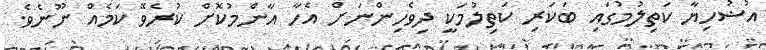
އުޟުހިޔާ ކަތިލުމުގައި ބަކަރި ކަތިލުމަކީ ދިވެހިންނަށް އެހާ އާންމުކޮށް ކުރެވޭ ކަމެއް ނޫނެވެ.